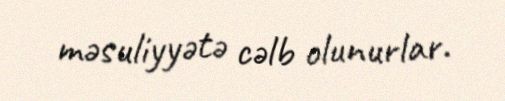
məsuliyyətə cəlb olunurlar.